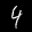
Label: 4